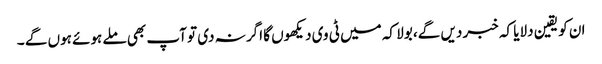
ان کو یقین دلایا کہ خبر دیں گے، بولا کہ میں ٹی وی دیکھوں گا اگر نہ دی تو آپ بھی ملے ہوئے ہوں گے ۔